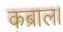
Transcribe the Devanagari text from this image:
कब्राल।